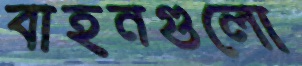
বাহনগুলো